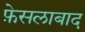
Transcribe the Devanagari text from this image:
फ़ेसलाबाद